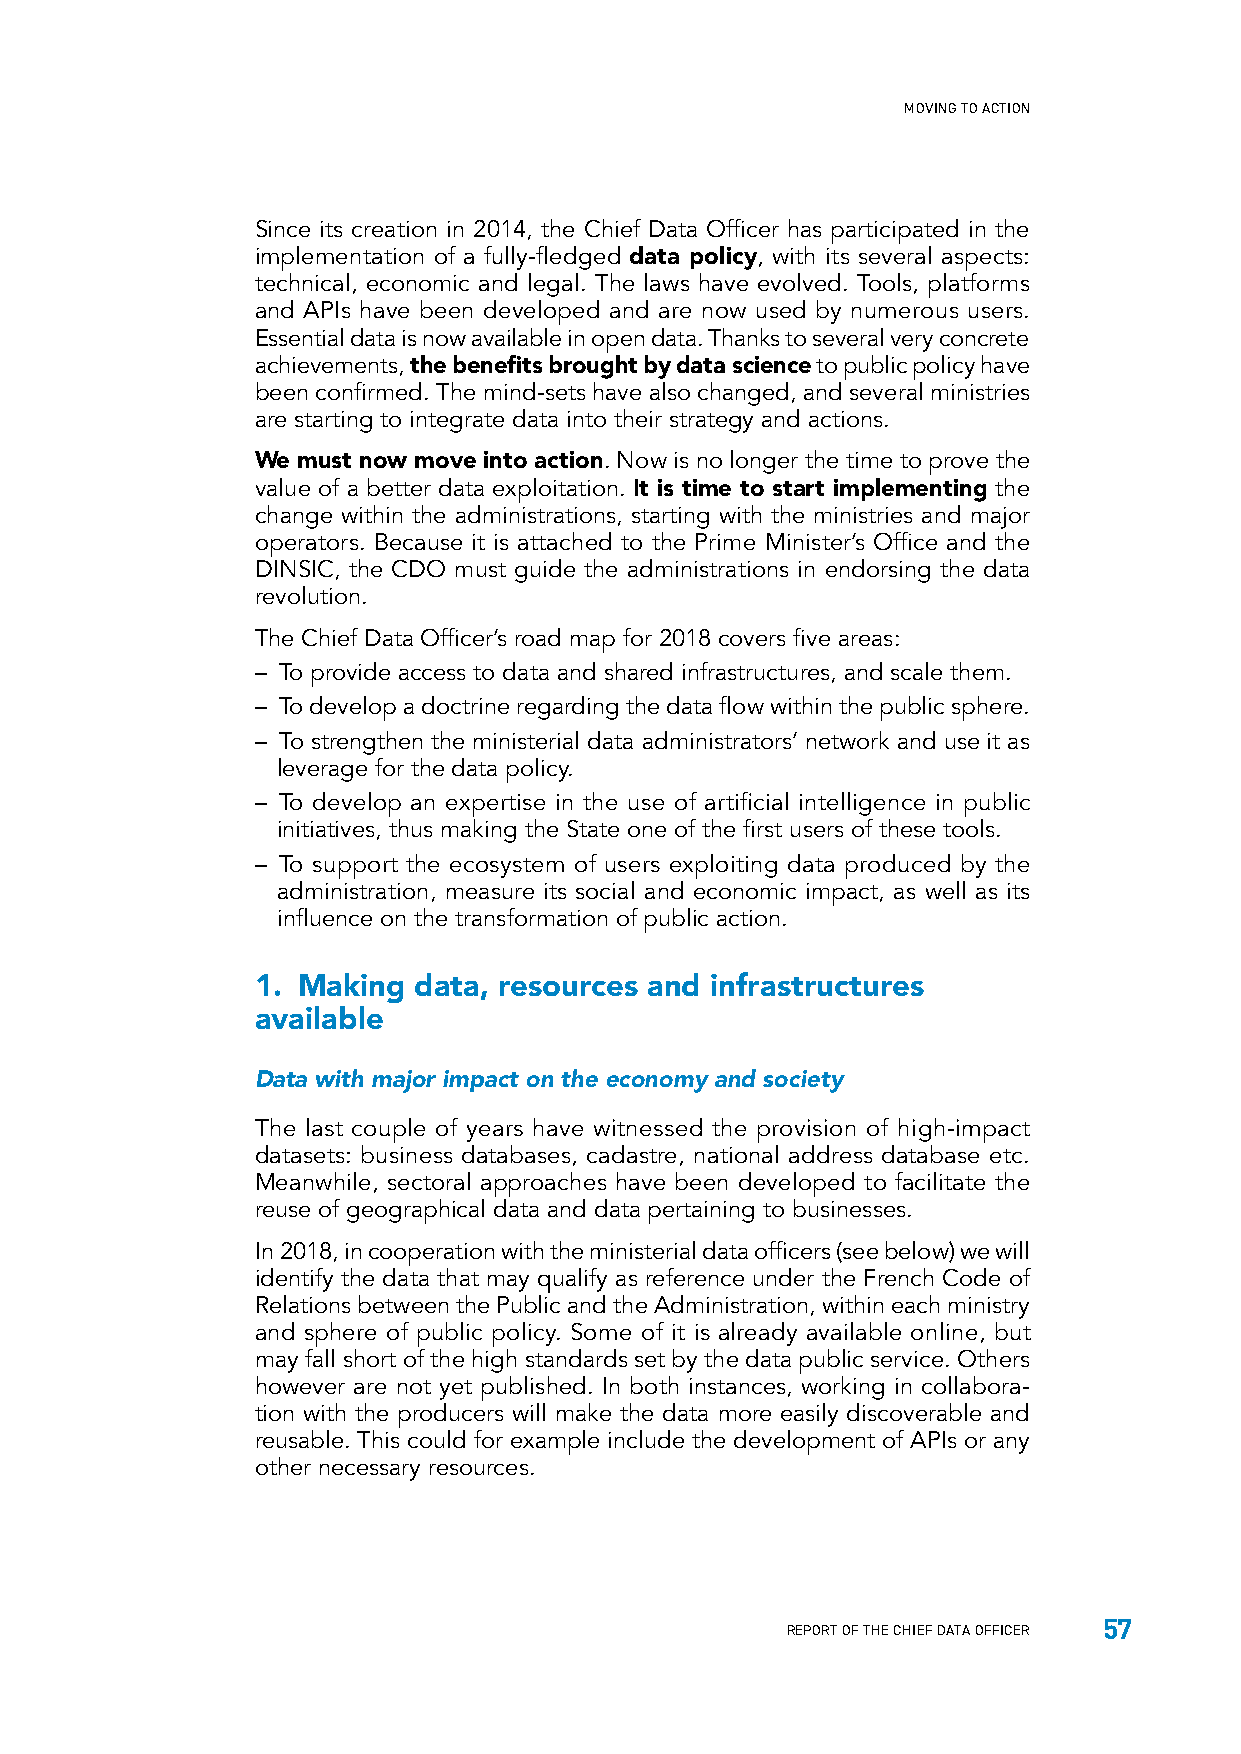
MOVING TO ACTION
 Since its creation in 2014, the Chief Data Officer has participated in the
 implementation of a fully-fledged data policy, with its several aspects:
 technical, economic and legal. The laws have evolved. Tools, platforms
 and APIs have been developed and are now used by numerous users.
 Essential data is now available in open data. Thanks to several very concrete
 achievements, the benefits brought by data science to public policy have
 been confirmed. The mind-sets have also changed, and several ministries
 are starting to integrate data into their strategy and actions.
 We must now move into action. Now is no longer the time to prove the
 value of a better data exploitation. It is time to start implementing the
 change within the administrations, starting with the ministries and major
 operators. Because it is attached to the Prime Minister’s Office and the
 DINSIC, the CDO must guide the administrations in endorsing the data
 revolution.
 The Chief Data Officer’s road map for 2018 covers five areas:
 – To provide access to data and shared infrastructures, and scale them.
 – To develop a doctrine regarding the data flow within the public sphere.
 – To strengthen the ministerial data administrators’ network and use it as
 leverage for the data policy.
 – To develop an expertise in the use of artificial intelligence in public
 initiatives, thus making the State one of the first users of these tools.
 – To support the ecosystem of users exploiting data produced by the
 administration, measure its social and economic impact, as well as its
 influence on the transformation of public action.
 1. Making data, resources and infrastructures
 available
 Data with major impact on the economy and society
 The last couple of years have witnessed the provision of high-impact
 datasets: business databases, cadastre, national address database etc.
 Meanwhile, sectoral approaches have been developed to facilitate the
 reuse of geographical data and data pertaining to businesses.
 In 2018, in cooperation with the ministerial data officers (see below) we will
 identify the data that may qualify as reference under the French Code of
 Relations between the Public and the Administration, within each ministry
 and sphere of public policy. Some of it is already available online, but
 may fall short of the high standards set by the data public service. Others
 however are not yet published. In both instances, working in collabora-
 tion with the producers will make the data more easily discoverable and
 reusable. This could for example include the development of APIs or any
 other necessary resources.
 57
 REPORT OF THE CHIEF DATA OFFICER